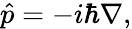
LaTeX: {\hat{p}}=-i\hbar\nabla,